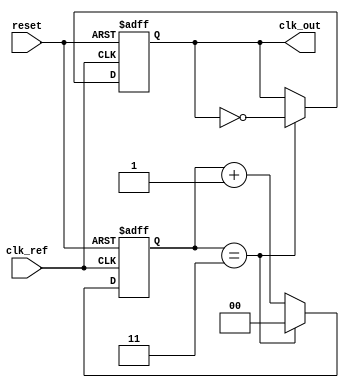
module PLL (
    input wire clk_ref,          // Reference clock input
    input wire reset,            // Reset signal
    output reg clk_out           // Output clock
);

// Parameters
parameter DIV_RATIO = 4;       // Frequency divider ratio
parameter LOOP_FILTER_GAIN = 8; // Gain for the loop filter

// Internal signals
reg [1:0] phase_error;         // Phase error signal
reg [7:0] control_voltage;      // Control voltage for VCO
reg [7:0] vco_output;           // VCO output frequency
reg [1:0] divider_count;        // Counter for frequency divider

// Phase Detector (PD)
always @(posedge clk_ref or posedge reset) begin
    if (reset) begin
        phase_error <= 2'b00;
    end else begin
        // Simple XOR phase detector
        phase_error <= (clk_ref ^ clk_out) ? 2'b01 : 2'b00; // Phase error signal
    end
end

// Loop Filter (LF)
always @(posedge clk_ref or posedge reset) begin
    if (reset) begin
        control_voltage <= 8'b0;
    end else begin
        // Simple proportional filter
        control_voltage <= control_voltage + (phase_error * LOOP_FILTER_GAIN);
    end
end

// Voltage-Controlled Oscillator (VCO)
always @(posedge clk_ref or posedge reset) begin
    if (reset) begin
        vco_output <= 8'b0;
    end else begin
        // Adjust VCO output based on control voltage
        vco_output <= control_voltage; // Simplified VCO behavior
    end
end

// Frequency Divider
always @(posedge clk_ref or posedge reset) begin
    if (reset) begin
        divider_count <= 2'b00;
        clk_out <= 1'b0;
    end else begin
        if (divider_count == DIV_RATIO - 1) begin
            clk_out <= ~clk_out; // Toggle output clock
            divider_count <= 2'b00; // Reset counter
        end else begin
            divider_count <= divider_count + 1; // Increment counter
        end
    end
end

endmodule